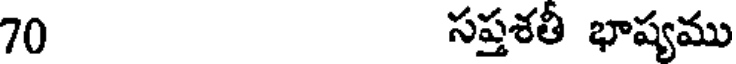
70 సప్తశతీ భాష్యము